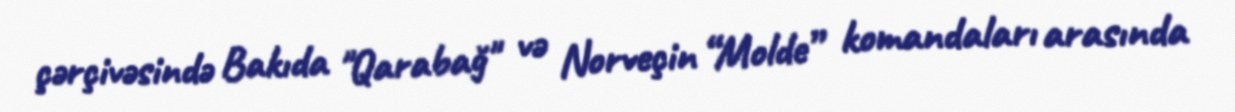
çərçivəsində Bakıda "Qarabağ" və Norveçin “Molde” komandaları arasında